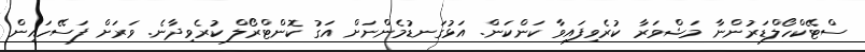
ސްޓޭކްހޯލްޑަރުންނާ މަޝްވަރާ ކުރެވިފައިވާ ކަންކަން. އަޅުގަނޑުމެންނަށް އަގު ކޮންޓްރޯލް ކުރެވިދާނެ. ވަރަށް ފަސޭހައިން